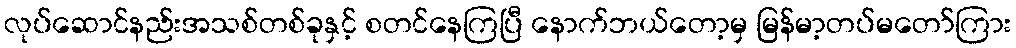
လုပ်ဆောင်နည်းအသစ်တစ်ခုနှင့် စတင်နေကြပြီ နောက်ဘယ်တော့မှ မြန်မာ့တပ်မတော်ကြား